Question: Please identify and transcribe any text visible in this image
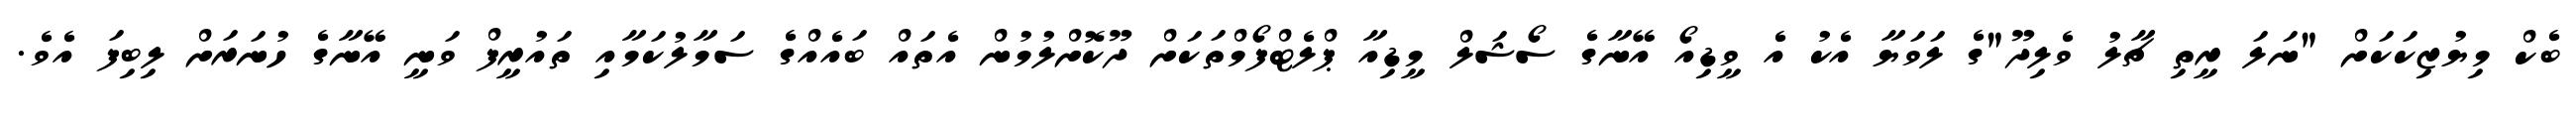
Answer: ބެކް މިޔުޒިކަކަށް "ނަލަ ރީތި ޗާލު ވެލިދޫ"ގެ ލަވަޔާ އެކު އެ ވީޑިއޯ އޭނާގެ ސޯޝަލް މީޑިއާ ޕްލެޓްފޯމްތަކަށް ދޫކޮށްލުމުން އެތައް ބައެއްގެ ސަމާލުކަމާއި ތައުރީފް ވަނީ އޭނާގެ ހުނަރަށް ލިބިފަ އެވެ.